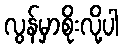
လွန်မှာစိုးလို့ပါ